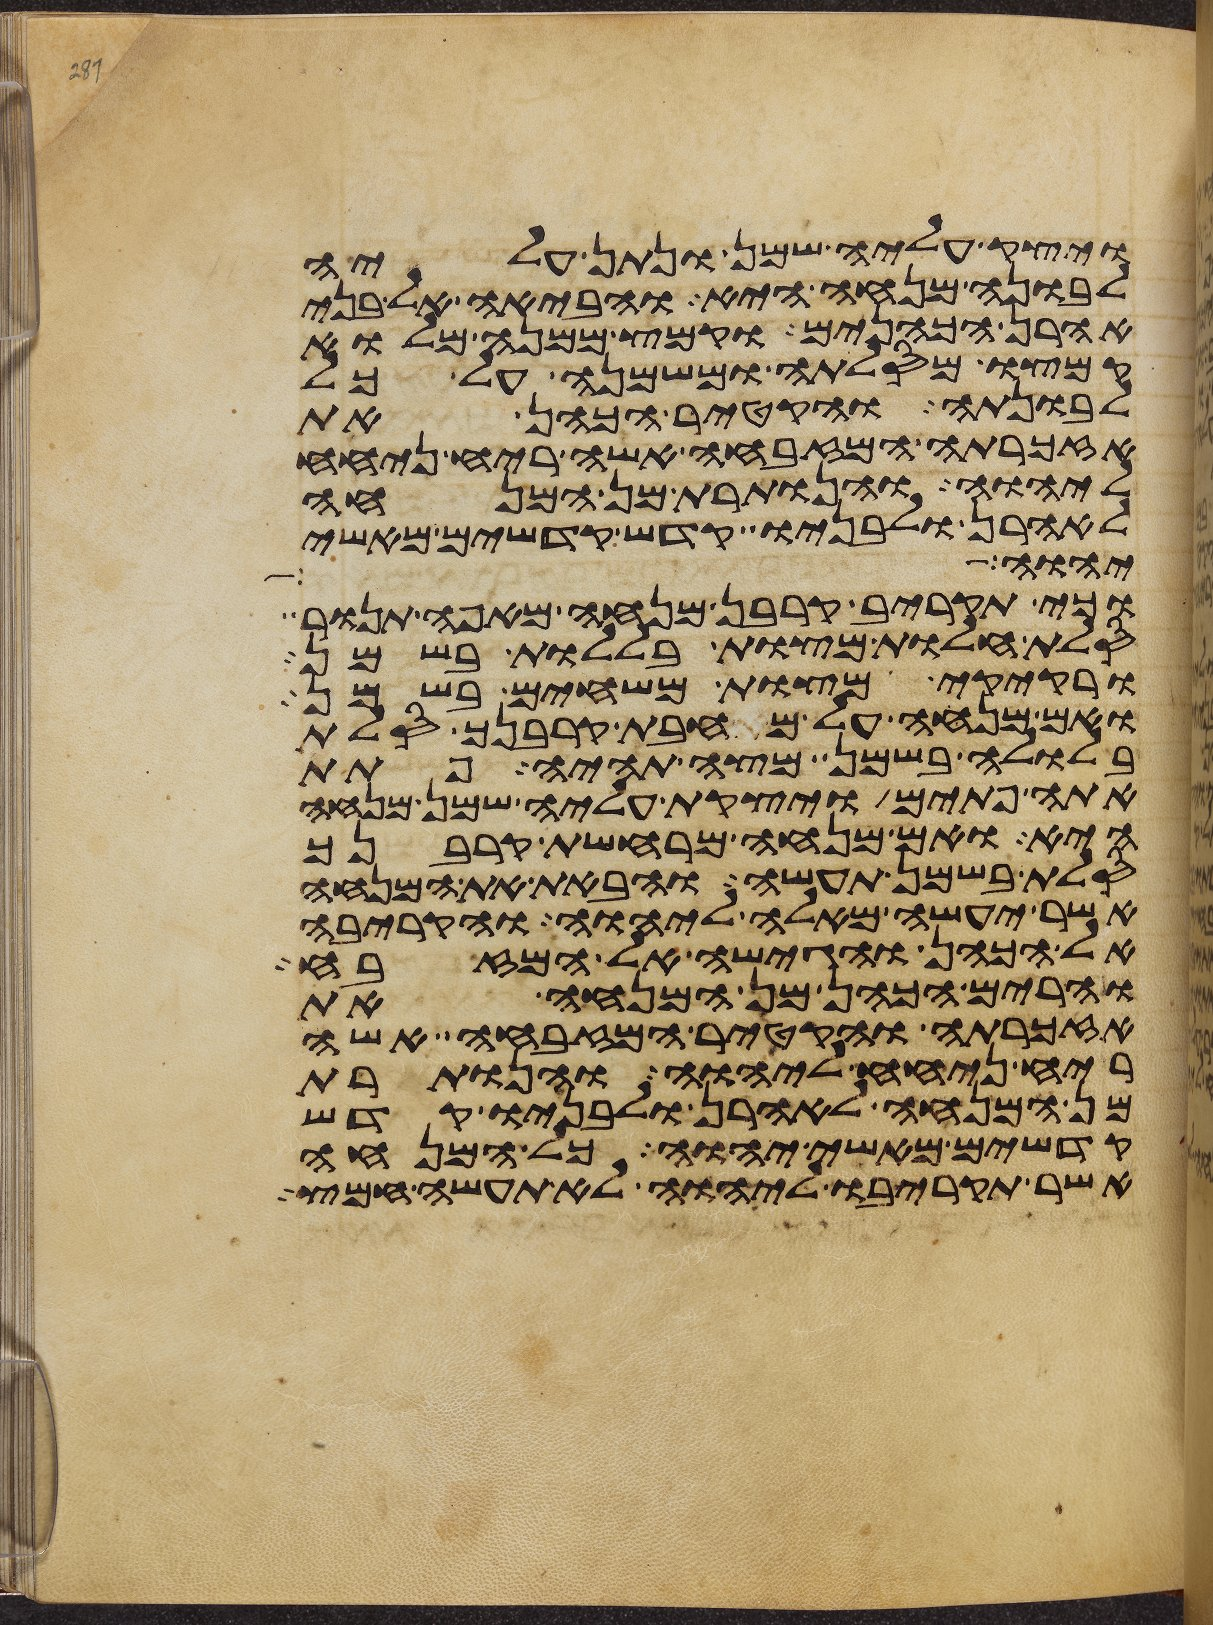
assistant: ויצק עליה שמן ונתן עליה
לבונה מנחה היא והביאה אל בני
אהרן הכהנים וקמץ ממנה מלוא
קמצו מסלתה ומשמנה על כל
לבונתה והקטיר הכהן את
אזכרתה המזבחה אשה ריח ניחח
ליהוה והנותרת מן המנחה
לאהרן ולבניו קדש קדשים מאשי
יהוה גדול
וכי תקריב קרבן מנחה מאפה תנור
סלת חלות מצות בללות בשמן
ורקיקי מצות משחים בשמן
ואם מנחה על מחבת קרבנך סלת
בלולה בשמן מצה תהיה פתת
אתה פתים ויצקת עליה שמן מנחה
היא ואם מנחה מרחשת קרבנך
סלת בשמן תעשה והבאת את המנחה
אשר יעשה מאלה ליהוה והקריבה
אל הכהן והגישה אל המזבח
והרים הכהן מן המנחה את
אזכרתה והקטיר המזבחה אשה
ריח ניחח ליהוה והנותרת
מן המנחה לאהרן ולבניו קדש
קדשים מאשי יהוה כל המנחה
אשר תקריבו ליהוה לא תעשה חמץ